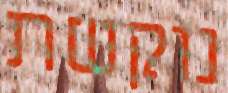
נוקשת